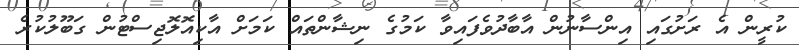
ކުރީން އެ ރަށުގައި އިންސާނުން އާބާދުވެފައިވާ ކަމުގެ ނިޝާންތައް ކަމަށް އާކިއޮލޮޖިސްޓުން ގަބޫލުކުރެ